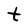
Character: t